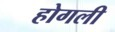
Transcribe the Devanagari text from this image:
होगली